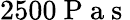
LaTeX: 2500\mathrm{~P~a~s~}